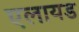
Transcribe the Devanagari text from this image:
एलायड